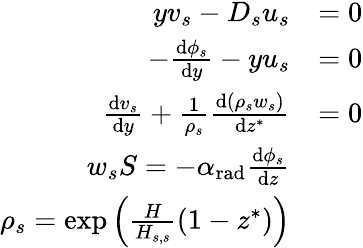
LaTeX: \begin{array}{rl}{yv_{s}-D_{s}u_{s}}&{=0}\\ {-\frac{\mathrm{d}\phi_{s}}{\mathrm{d}y}-yu_{s}}&{=0}\\ {\frac{\mathrm{d}v_{s}}{\mathrm{d}y}+\frac{1}{\rho_{s}}\frac{\mathrm{d}(\rho_{s}w_{s})}{\mathrm{d}z^{*}}}&{=0}\\ {w_{s}S=-\alpha_{\mathrm{rad}}\frac{\mathrm{d}\phi_{s}}{\mathrm{d}z}}\\ {\rho_{s}=\exp\Big(\frac{H}{H_{s,s}}(1-z^{*})\Big)}\end{array}